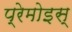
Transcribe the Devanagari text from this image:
प्रेमोइस्